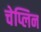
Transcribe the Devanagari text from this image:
चेप्लिन